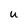
Character: U